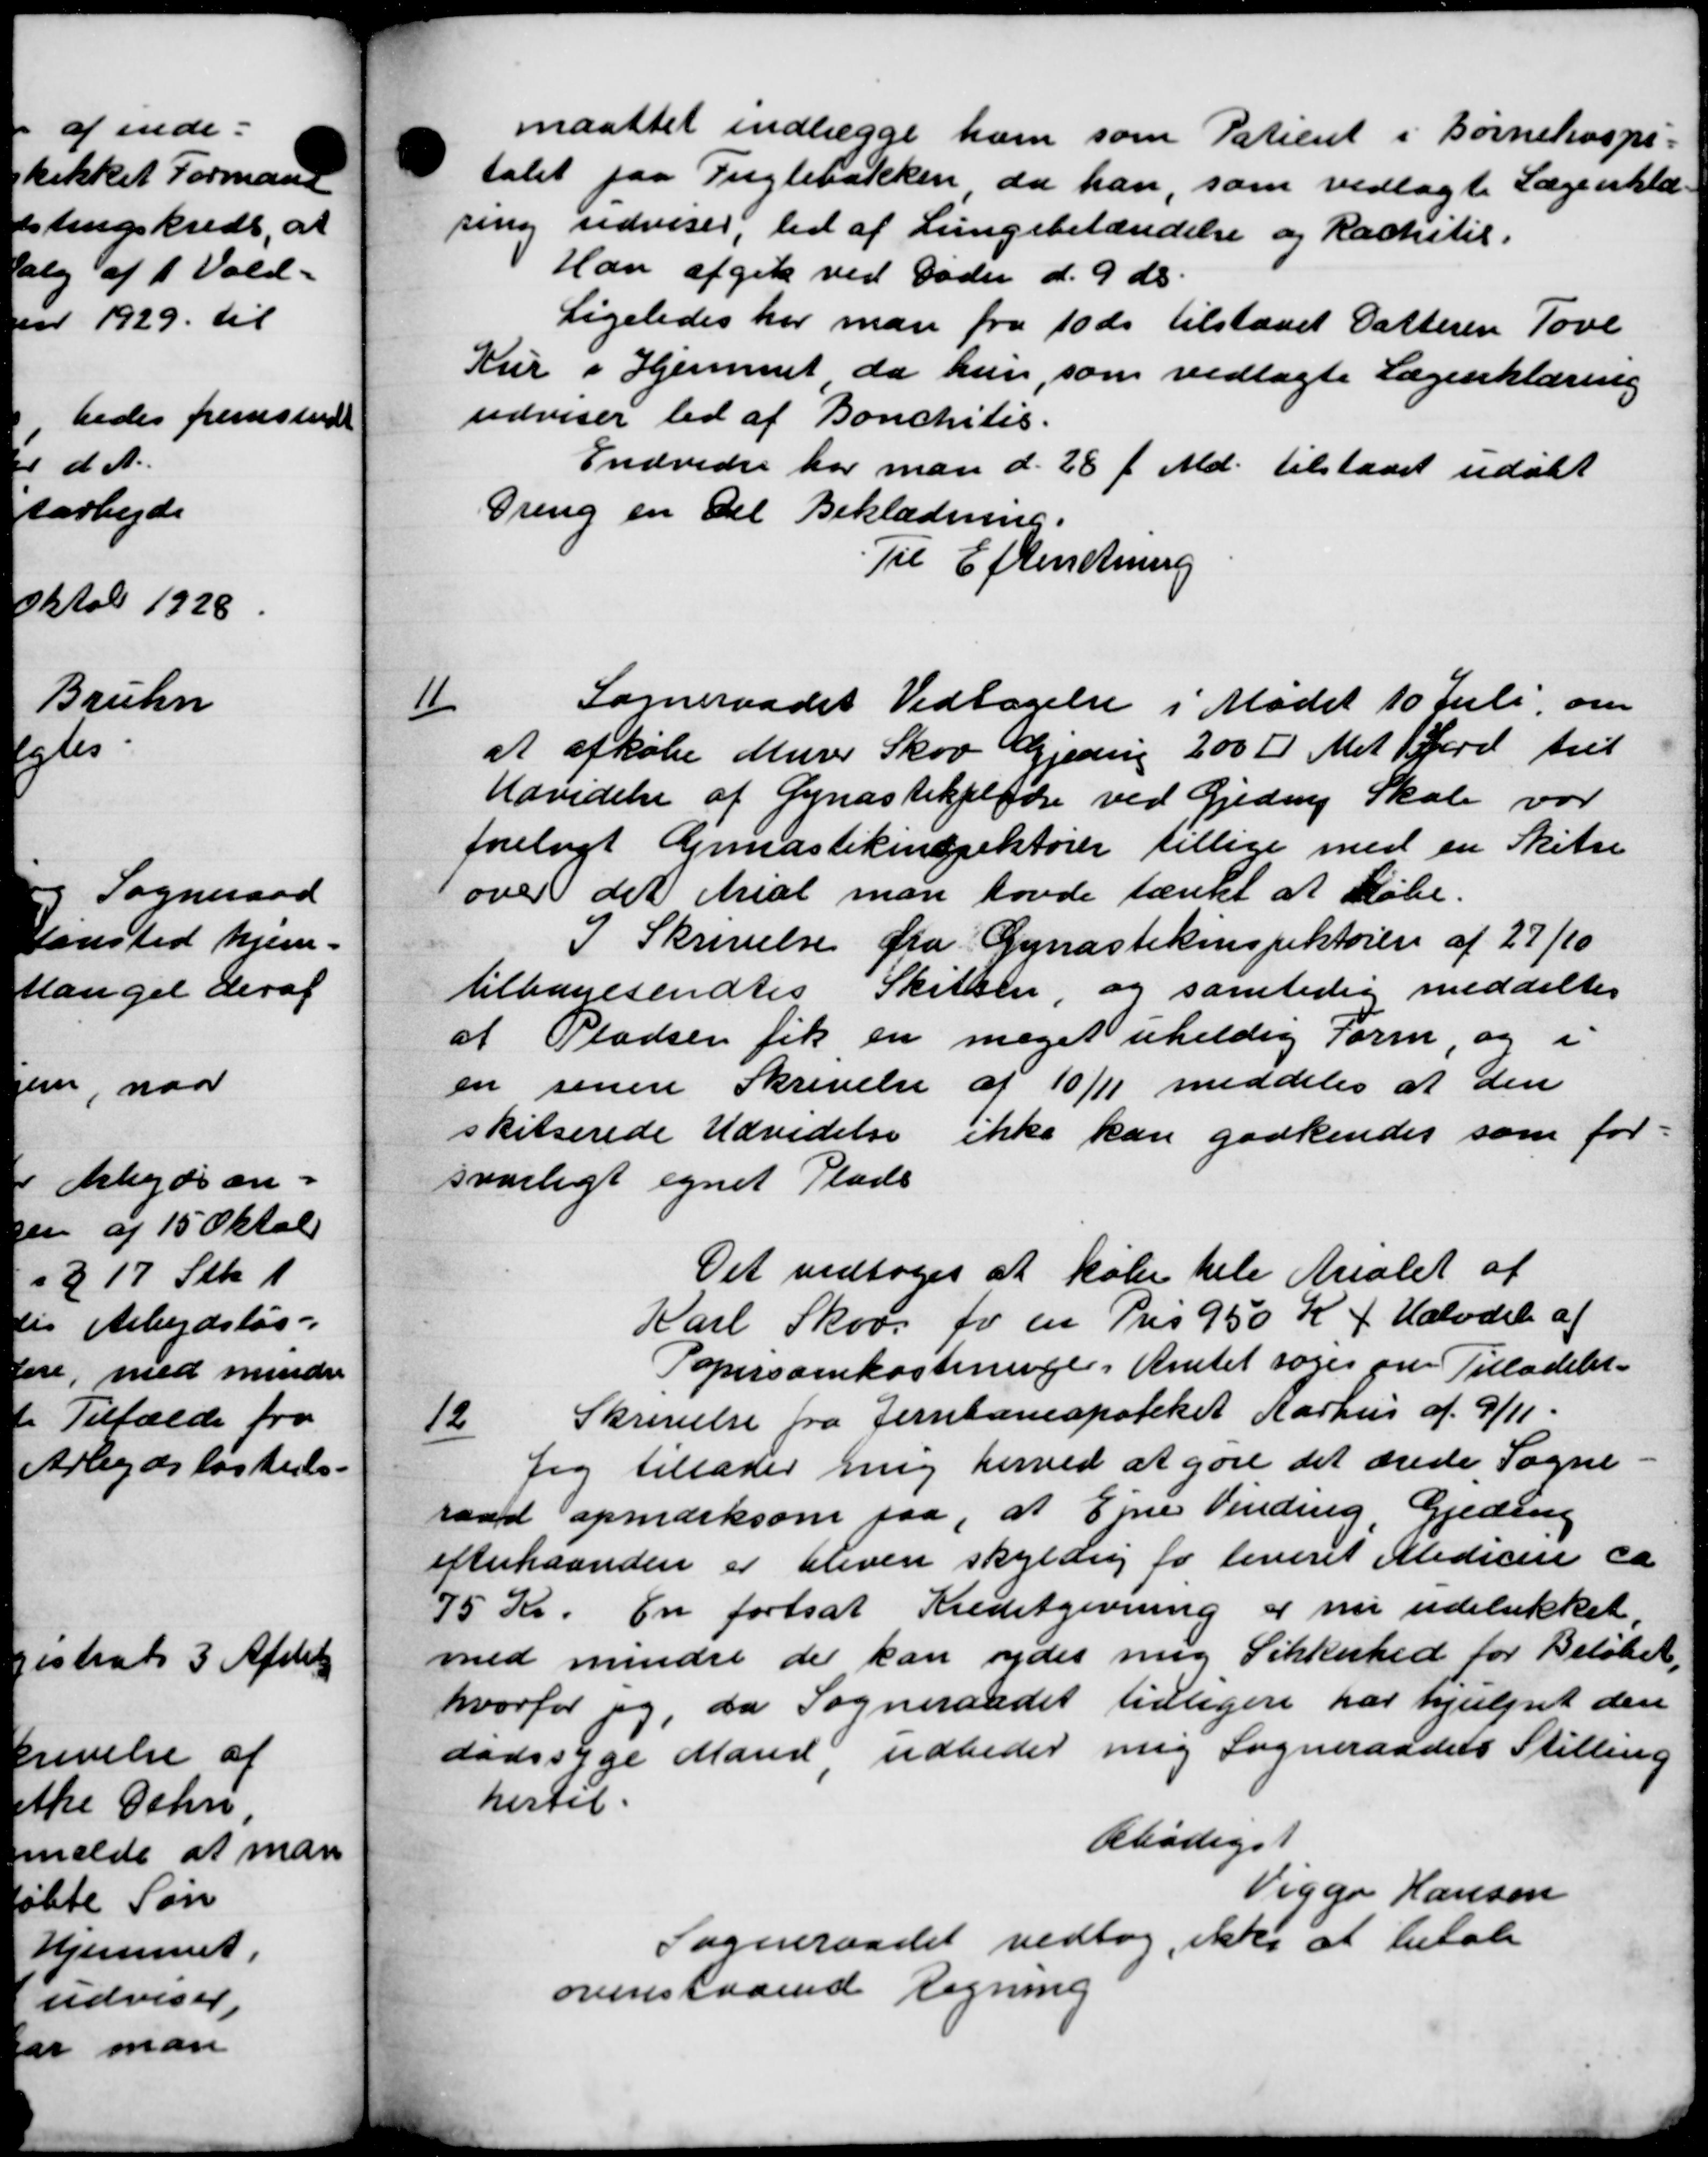
Transskription:
maattet indlægge ham som Patient i Børnehospi-
talet paa Fuglebakken da han, som vedlagte Lægeerklæ-
sing udviser, tid af Lungebetændelse og Rachitie.
Han afgik ved Døden d. 9' ds.
Ligeledes her man fra 10 ds tilstaaet Datteren Tove
Kur i Hjemmet da hun, som vedlagte Lægeerklæring
udviser tid af Bonchitis.
Endvidre har man d. 28 f. Md. tilstaaet uddet
Dreng en Del Beklædning.
Til Efterretning

Sogneraadet Vedtagelse i Mødet 10 Juli om
at afkøbe Murer Skov Gjeding 200 Kr. Met Jord till
Udvidelse af Gynastikplade ved Gjeding Skole var
forelagt Gymnastikinspektører tillige med en Skitse
over det erial man havde tænkt at købe.
7 Skrivelse fra Gynastikinspektøren af 27/10
tilbagesendtes Skitsen, og samtidig meddeltes
af Pladsen fik en meget uheldig Form og i
en senere Skrivelse af 10/11 meddeles at den
skitserede Udvidelse ikke kan godkendes som for-
svarligt egnet Plads
Det vedtoges at købe hele Arealet af
Karl Skov for en Pris 950 K f Halvdel af
Popersonekostninger i Amtet søger om Tilladelse.
12
Skrivelse fra Jernbaneapoteket Aarhus af 9/11.
Jeg tillader mig herved at gøre det ærede Sogne
raadt opmærksom paa, at Emne Vinding Gjeding
efterhaanden er bleven skyldig for leveret Medicin ca
75 Kr. En fortsat Kredstgivning er nu udelukket.
med mindre der kan ydes mig Sikkerhed for Beløbet
hvorfor jeg, da Sogneraadet tidligere har hjulpet den
dadssyge Mand udbeder mig Sogneraadets Stilling
hertil.
Abødigst
Viggo Hansen
Sogneraadet vedtog ikke at betale
ovenstaaende Regning